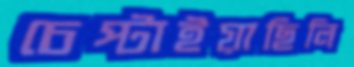
চেপ্‌টাইয়াছিলি